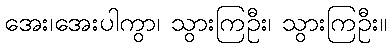
အေး၊အေးပါကွာ၊ သွားကြဦး၊ သွားကြဦး။